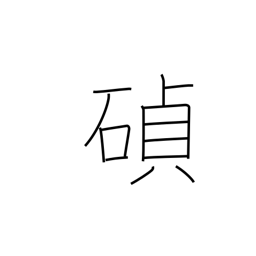
Meaning: cornerstone